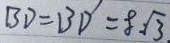
B D = B D = 8 \sqrt { 3 }